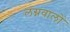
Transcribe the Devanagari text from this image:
लग्नवालों